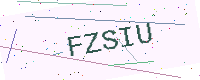
Text: FZSIU